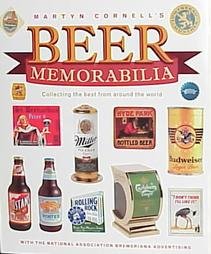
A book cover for Beer Memorabilia; Martyn Cornell; Crafts, Hobbies & Home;